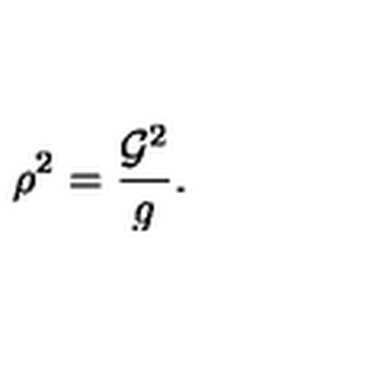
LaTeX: \rho ^ { 2 } = \frac { { \cal G } ^ { 2 } } { g } .